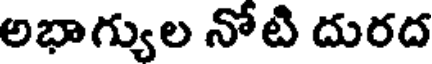
అభాగ్యుల నోటి దురద